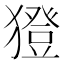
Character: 𤢈